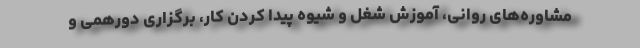
مشاوره‌های روانی، آموزش شغل و شیوه پیدا کردن کار، برگزاری دورهمی و